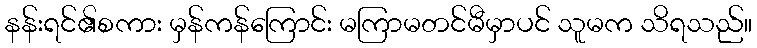
နန်းရင်၏စကား မှန်ကန်ကြောင်း မကြာမတင်မီမှာပင် သူမက သိရသည်။